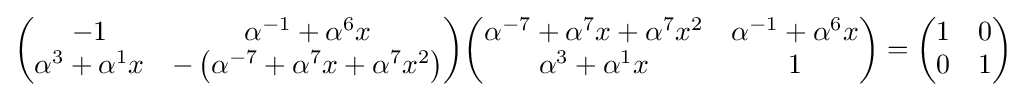
{\begin{pmatrix}-1&\alpha ^{-1}+\alpha ^{6}x\\\alpha ^{3}+\alpha ^{1}x&-\left(\alpha ^{-7}+\alpha ^{7}x+\alpha ^{7}x^{2}\right)\end{pmatrix}}{\begin{pmatrix}\alpha ^{-7}+\alpha ^{7}x+\alpha ^{7}x^{2}&\alpha ^{-1}+\alpha ^{6}x\\\alpha ^{3}+\alpha ^{1}x&1\end{pmatrix}}={\begin{pmatrix}1&0\\0&1\end{pmatrix}}